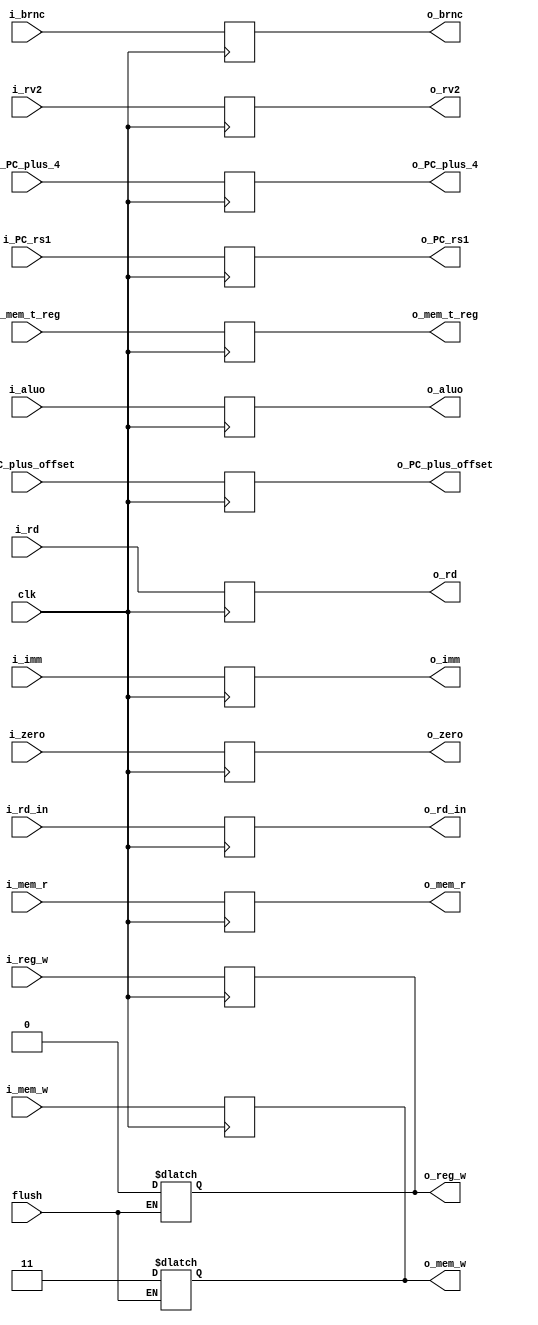
// EX\MEM pipeline register

module exmem( clk, i_PC_plus_4, i_PC_plus_offset, i_PC_rs1, i_zero, i_aluo, i_rv2, i_rd, i_imm, i_brnc, i_mem_r, i_mem_t_reg, i_mem_w, i_reg_w, i_rd_in,
			 o_PC_plus_4, o_PC_plus_offset, o_PC_rs1, o_zero, o_aluo, o_rv2, o_rd, o_imm, o_brnc, o_mem_r, o_mem_t_reg, o_mem_w, o_reg_w, o_rd_in, flush);

			 input [31:0] i_PC_plus_4, i_PC_plus_offset, i_PC_rs1, i_rv2, i_imm, i_aluo;
			 input [4:0] i_rd;
			 input i_brnc, i_mem_t_reg, i_reg_w, i_rd_in, flush, clk;
			 input [1:0] i_mem_w, i_mem_r;
			 input [1:0] i_zero; 

			 output reg[31:0] o_PC_plus_4, o_PC_plus_offset, o_PC_rs1, o_rv2, o_imm, o_aluo;
			 output reg[4:0] o_rd;
			 output reg o_brnc, o_mem_t_reg, o_reg_w, o_rd_in;
			 output reg [1:0] o_mem_w, o_mem_r;
			 output reg [1:0] o_zero; 

			 reg brnc, mem_t_reg, reg_w, rd_in;
 			 reg[1:0] mem_w, mem_r;
 			 reg [1:0] zero;

 			 reg [31:0] PC_plus_4, PC_plus_offset, PC_rs1, rv2, imm, aluo;
			 reg [4:0] rd;

 			 always@(*) begin

				o_PC_plus_4 <= PC_plus_4;
				o_PC_plus_offset <= PC_plus_offset;
				o_PC_rs1 <= PC_rs1;
				o_rv2 <= rv2;
				o_rd <= rd;
				o_imm <= imm;
				o_aluo <= aluo;
				
				o_brnc <= brnc;
				o_mem_t_reg <= mem_t_reg;
				o_reg_w <= reg_w;
				o_rd_in <= rd_in;
				o_mem_w <= mem_w;
				o_mem_r <= mem_r;
				o_zero <= zero;

				if(flush) begin
					mem_w <= 2'b11;
					reg_w <= 0;
					end

			 end

			 always @ (posedge clk) begin

				PC_plus_4 <= i_PC_plus_4;
				PC_plus_offset <= i_PC_plus_offset;
				PC_rs1 <= i_PC_rs1;
				rv2 <= i_rv2;
				rd <= i_rd;
				imm <= i_imm;
				aluo <= i_aluo;
				
				brnc <= i_brnc;
				mem_t_reg <= i_mem_t_reg;
				reg_w <= i_reg_w;
				rd_in <= i_rd_in;
				mem_w <= i_mem_w;
				mem_r <= i_mem_r;
				zero <= i_zero;

			 end
endmodule